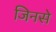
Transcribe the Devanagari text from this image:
जिनसे